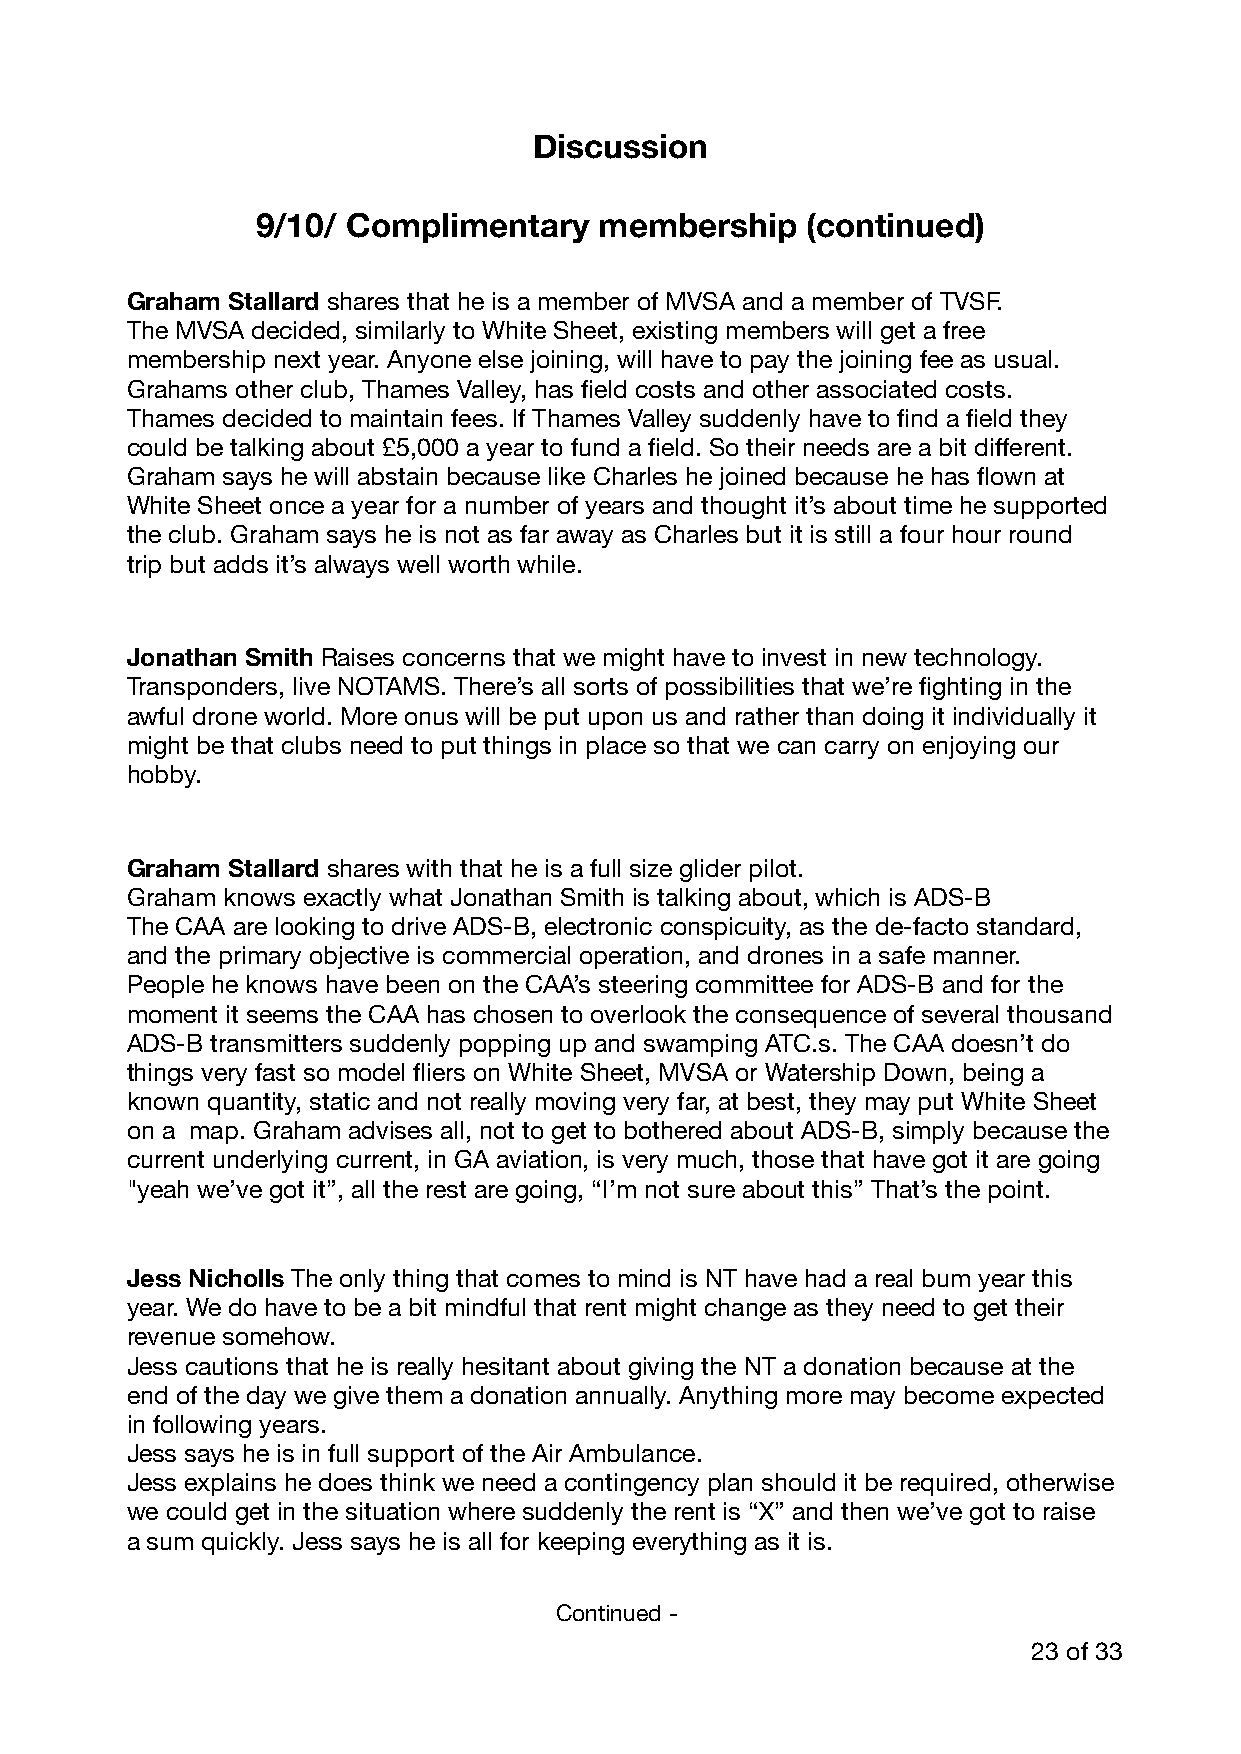
Discussion
 9/10/ Complimentary    membership   (continued)
 Graham Stallard shares that he is a member of MVSA and a member of TVSF.
 The MVSA decided, similarly to White Sheet, existing members will get a free
 membership next year. Anyone else joining, will have to pay the joining fee as usual.
 Grahams other club, Thames Valley, has field costs and other associated costs.
 Thames decided to maintain fees. If Thames Valley suddenly have to find a field they
 could be talking about £5,000 a year to fund a field. So their needs are a bit different.
 Graham says he will abstain because like Charles he joined because he has flown at
 White Sheet once a year for a number of years and thought it’s about time he supported
 the club. Graham says he is not as far away as Charles but it is still a four hour round
 trip but adds it’s always well worth while.
 Jonathan Smith Raises concerns that we might have to invest in new technology.
 Transponders, live NOTAMS. There’s all sorts of possibilities that we’re fighting in the
 awful drone world. More onus will be put upon us and rather than doing it individually it
 might be that clubs need to put things in place so that we can carry on enjoying our
 hobby.
 Graham Stallard shares with that he is a full size glider pilot.
 Graham knows exactly what Jonathan Smith is talking about, which is ADS-B
 The CAA are looking to drive ADS-B, electronic conspicuity, as the de-facto standard,
 and the primary objective is commercial operation, and drones in a safe manner.
 People he knows have been on the CAA’s steering committee for ADS-B and for the
 moment it seems the CAA has chosen to overlook the consequence of several thousand
 ADS-B transmitters suddenly popping up and swamping ATC.s. The CAA doesn’t do
 things very fast so model fliers on White Sheet, MVSA or Watership Down, being a
 known quantity, static and not really moving very far, at best, they may put White Sheet
 on a map. Graham advises all, not to get to bothered about ADS-B, simply because the
 current underlying current, in GA aviation, is very much, those that have got it are going
 "yeah we’ve got it”, all the rest are going, “I’m not sure about this” That’s the point.
 Jess Nicholls The only thing that comes to mind is NT have had a real bum year this
 year. We do have to be a bit mindful that rent might change as they need to get their
 revenue somehow.
 Jess cautions that he is really hesitant about giving the NT a donation because at the
 end of the day we give them a donation annually. Anything more may become expected
 in following years.
 Jess says he is in full support of the Air Ambulance.
 Jess explains he does think we need a contingency plan should it be required, otherwise
 we could get in the situation where suddenly the rent is “X” and then we’ve got to raise
 a sum quickly. Jess says he is all for keeping everything as it is.
 Continued -
 23 of 33